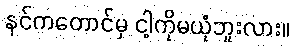
နင်ကတောင်မှ ငါ့ကိုမယုံဘူးလား။